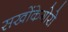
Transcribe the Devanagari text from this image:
सखोंकेगोरो